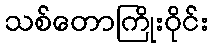
သစ်တောကြိုးဝိုင်း